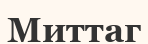
Миттаг